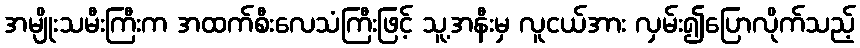
အမျိုးသမီးကြီးက အထက်စီးလေသံကြီးဖြင့် သူ့အနီးမှ လူငယ်အား လှမ်း၍ပြောလိုက်သည့်